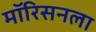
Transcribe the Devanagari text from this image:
मॉरिसनला